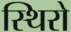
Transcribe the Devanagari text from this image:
स्थिरो